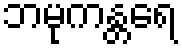
ဘမုကန္တရေ